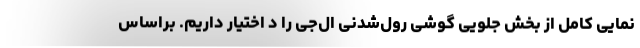
نمایی کامل از بخش جلویی گوشی رول‌شدنی ال‌جی را د اختیار داریم. براساس